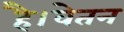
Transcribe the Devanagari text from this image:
है।वेतन